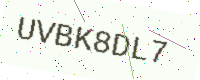
Text: UVBK8DL7